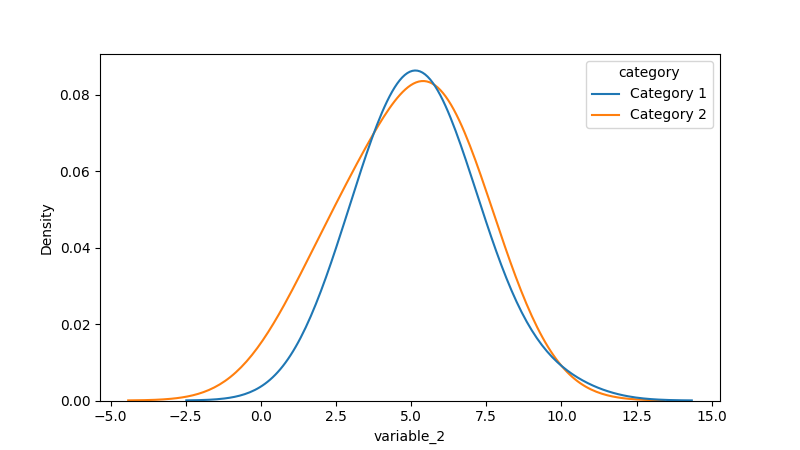
python, seaborn, kdeplot, hue='category', fill=False, bw_adjust=2.0